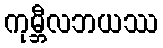
ကုမ္ဘီလဘယဿ